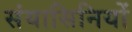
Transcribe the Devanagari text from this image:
संयासिनियों